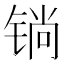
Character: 𲈆